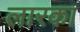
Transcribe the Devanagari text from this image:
लारका